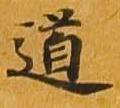
道